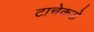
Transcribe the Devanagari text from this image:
टाचेकडे